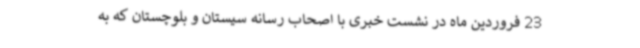
23 فروردین ماه در نشست خبری با اصحاب رسانه سیستان و بلوچستان که به